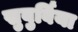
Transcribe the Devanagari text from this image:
सुबुर्बिया